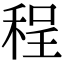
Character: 程